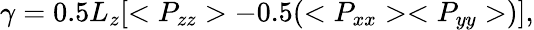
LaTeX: \gamma=0.5L_{z}[<P_{zz}>-0.5(<P_{xx}><P_{yy}>)],